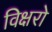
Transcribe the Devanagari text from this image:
विक्षरो